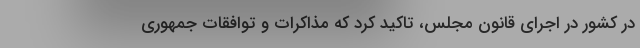
در کشور در اجرای قانون مجلس، تاکید کرد که مذاکرات و توافقات جمهوری